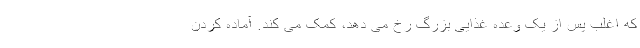
که اغلب پس از یک وعده غذایی بزرگ رخ می دهد، کمک می کند. آماده کردن